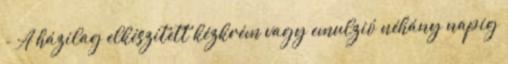
- A házilag elkészített kézkrém vagy emulzió néhány napig